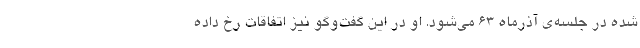
شده در جلسه‌ی آذرماه ۶۳ می‌شود. او در این گفت‌وگو نیز اتفاقات رخ داده